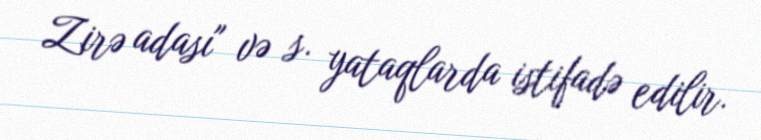
Zirə adası" və s. yataqlarda istifadə edilir.